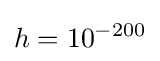
h=10^{-200}